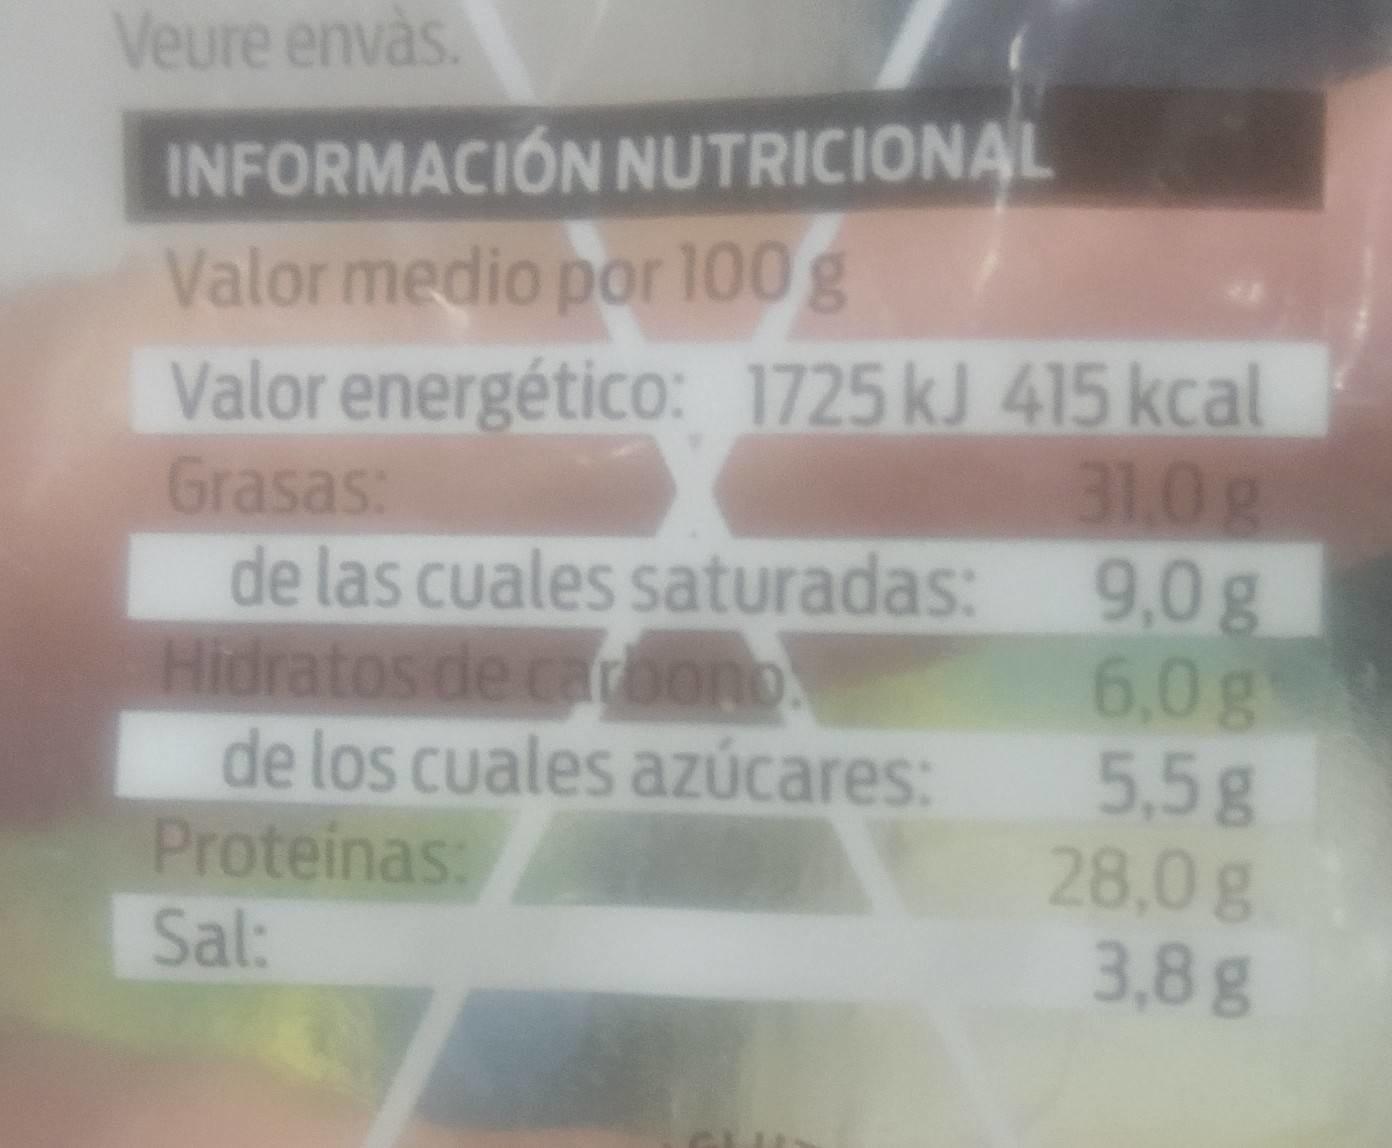
Veure envàs.
INFORMACIÓN NUTRICIONAL Valor medio por 100 g Valor energético: 1725 kJ 415 kcal Grasas: de las cuales saturadas: Hidratos de caroono de los cuales azúcares: Proteinas:
31.0g 9,0g 6,0g 5,5g 28,0g 3,8g
Sal: